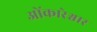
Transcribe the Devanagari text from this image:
ओंकारेश्वार